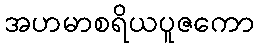
အဟမာစရိယပူဇကော